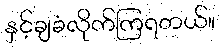
နှင့်ချခံလိုက်ကြရတယ်။